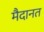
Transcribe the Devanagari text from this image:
मैदानत